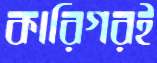
কারিগরই